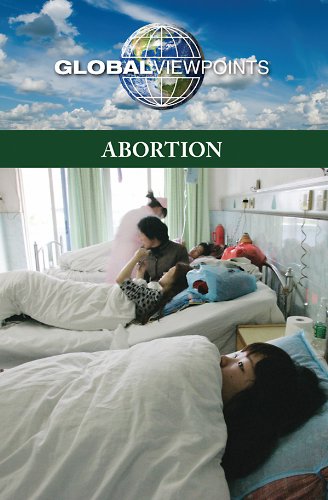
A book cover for Abortion (Global Viewpoints); Noah Berlatsky; Teen & Young Adult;